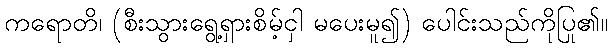
ကရောတိ၊ (စီးသွားရွေ့ရှားစိမ့်ငှါ မပေးမူ၍) ပေါင်းသည်ကိုပြု၏။